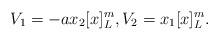
LaTeX: \begin{align*}V_1 = -a x_2[x]_L^{m},V_2=x_1[x]_L^m.\end{align*}